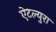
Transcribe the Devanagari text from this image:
ऐटेल्युरा